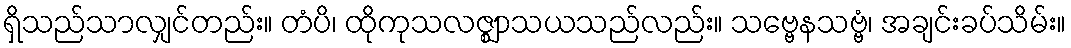
ရှိသည်သာလျှင်တည်း။ တံပိ၊ ထိုကုသလဇ္ဈာသယသည်လည်း။ သဗ္ဗေနသဗ္ဗံ၊ အချင်းခပ်သိမ်း။